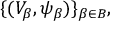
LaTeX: \{ ( V _ { \beta } , \psi _ { \beta } ) \} _ { \beta \in B } ,